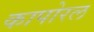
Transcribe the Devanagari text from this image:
कापोरल